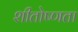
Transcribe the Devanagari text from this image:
शीतोष्णता